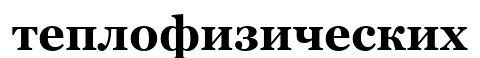
теплофизических